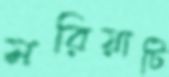
মরিয়াটি